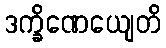
ဒက္ခိဏေယျေတိ